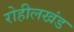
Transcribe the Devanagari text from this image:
रोहीलखंड